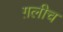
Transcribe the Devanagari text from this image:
ग़लीच